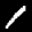
Label: 1